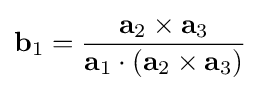
\mathbf {b} _{1}={\frac {\mathbf {a} _{2}\times \mathbf {a} _{3}}{\mathbf {a} _{1}\cdot \left(\mathbf {a} _{2}\times \mathbf {a} _{3}\right)}}